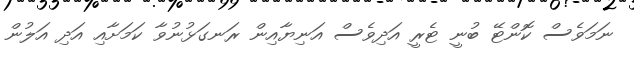
ނަމަވެސް ކޮންޓޭ ބުނީ ޓެރީ އަދިވެސް އަނިޔާއިން ރަނގަޅުނުވާ ކަމަށާއި އަދި އަލުން